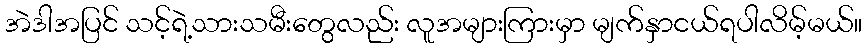
အဲဒါအပြင် သင့်ရဲ့သားသမီးတွေလည်း လူအများကြားမှာ မျက်နှာငယ်ရပါလိမ့်မယ်။